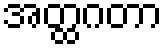
အတ္ထဂတာ